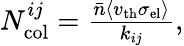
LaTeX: \begin{array}{r}{N_{\mathrm{col}}^{ij}=\frac{\bar{n}\langle v_{\mathrm{th}}\sigma_{\mathrm{el}}\rangle}{k_{ij}},}\end{array}